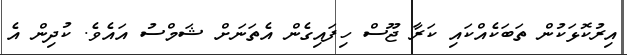
އިރުކޮޅަކުން ތަބަކެއްކައި ކަރާ ޖޫސް ހިފައިގެން އެތަނަށް ޝަމްސު އައެވެ. ކުދިން އެ